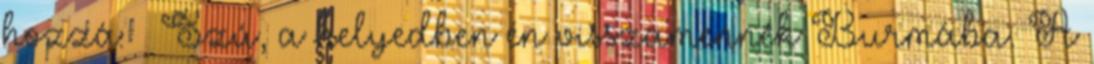
hozzá: – Szú, a helyedben én visszamennék Burmába. A